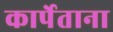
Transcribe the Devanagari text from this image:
कार्पेताना